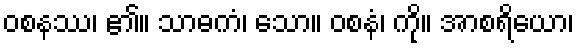
ဝစနဿ၊ ၏။ သာဓကံ၊ သော။ ဝစနံ၊ ကို။ အာစရိယော၊